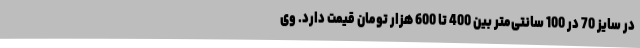
در سایز 70 در 100 سانتی‌متر بین 400 تا 600 هزار تومان قیمت دارد. وی